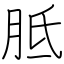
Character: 胝